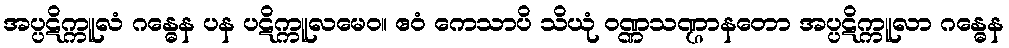
အပ္ပဋိက္ကူလံ ဂန္ဓေန ပန ပဋိက္ကူလမေဝ။ ဧဝံ ကေသာပိ သိယုံ ဝဏ္ဏသဏ္ဌာနတော အပ္ပဋိက္ကူလာ ဂန္ဓေန